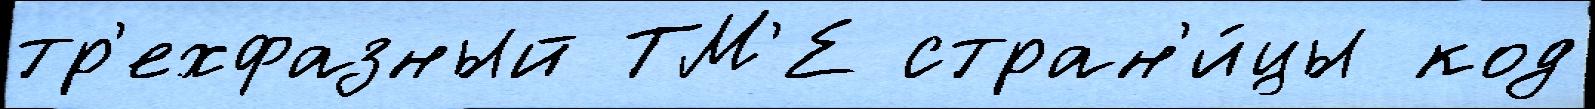
тр'ехфазный ТМ'Е стран'и́цы код